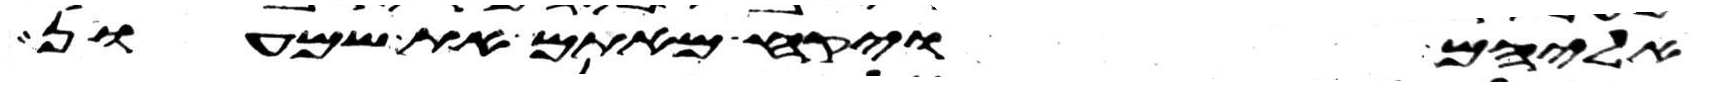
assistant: אליהם ויקח מאתם את שמעון